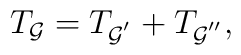
T_{{\cal G}}=T_{{\cal G}^{^{\prime }}}+T_{{\cal G}^{^{\prime \prime }}},